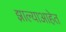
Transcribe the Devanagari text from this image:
झाल्याआहेत